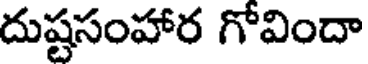
దుష్టసంహార గోవిందా